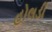
હોલડી